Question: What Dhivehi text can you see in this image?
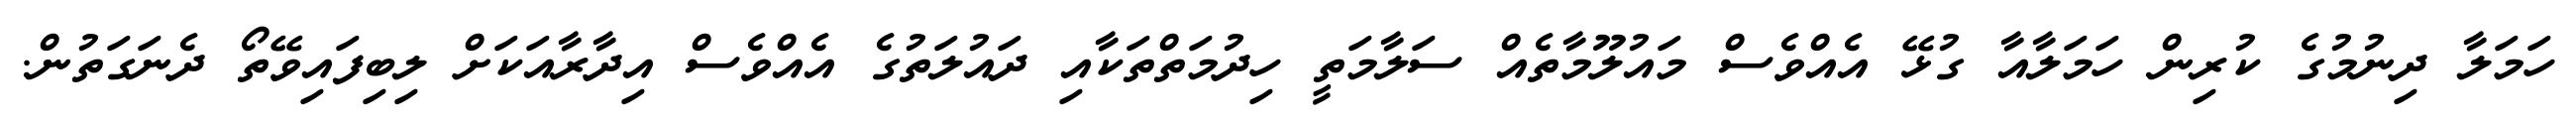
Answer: ހަމަލާ ދިނުމުގެ ކުރިން ހަމަލާއާ ގުޅޭ އެއްވެސް މައުލޫމާތެއް ސަލާމަތީ ހިދުމަތްތަކާއި ދައުލަތުގެ އެއްވެސް އިދާރާއަކަށް ލިބިފައިވޭތޯ ދެނަގަތުން.